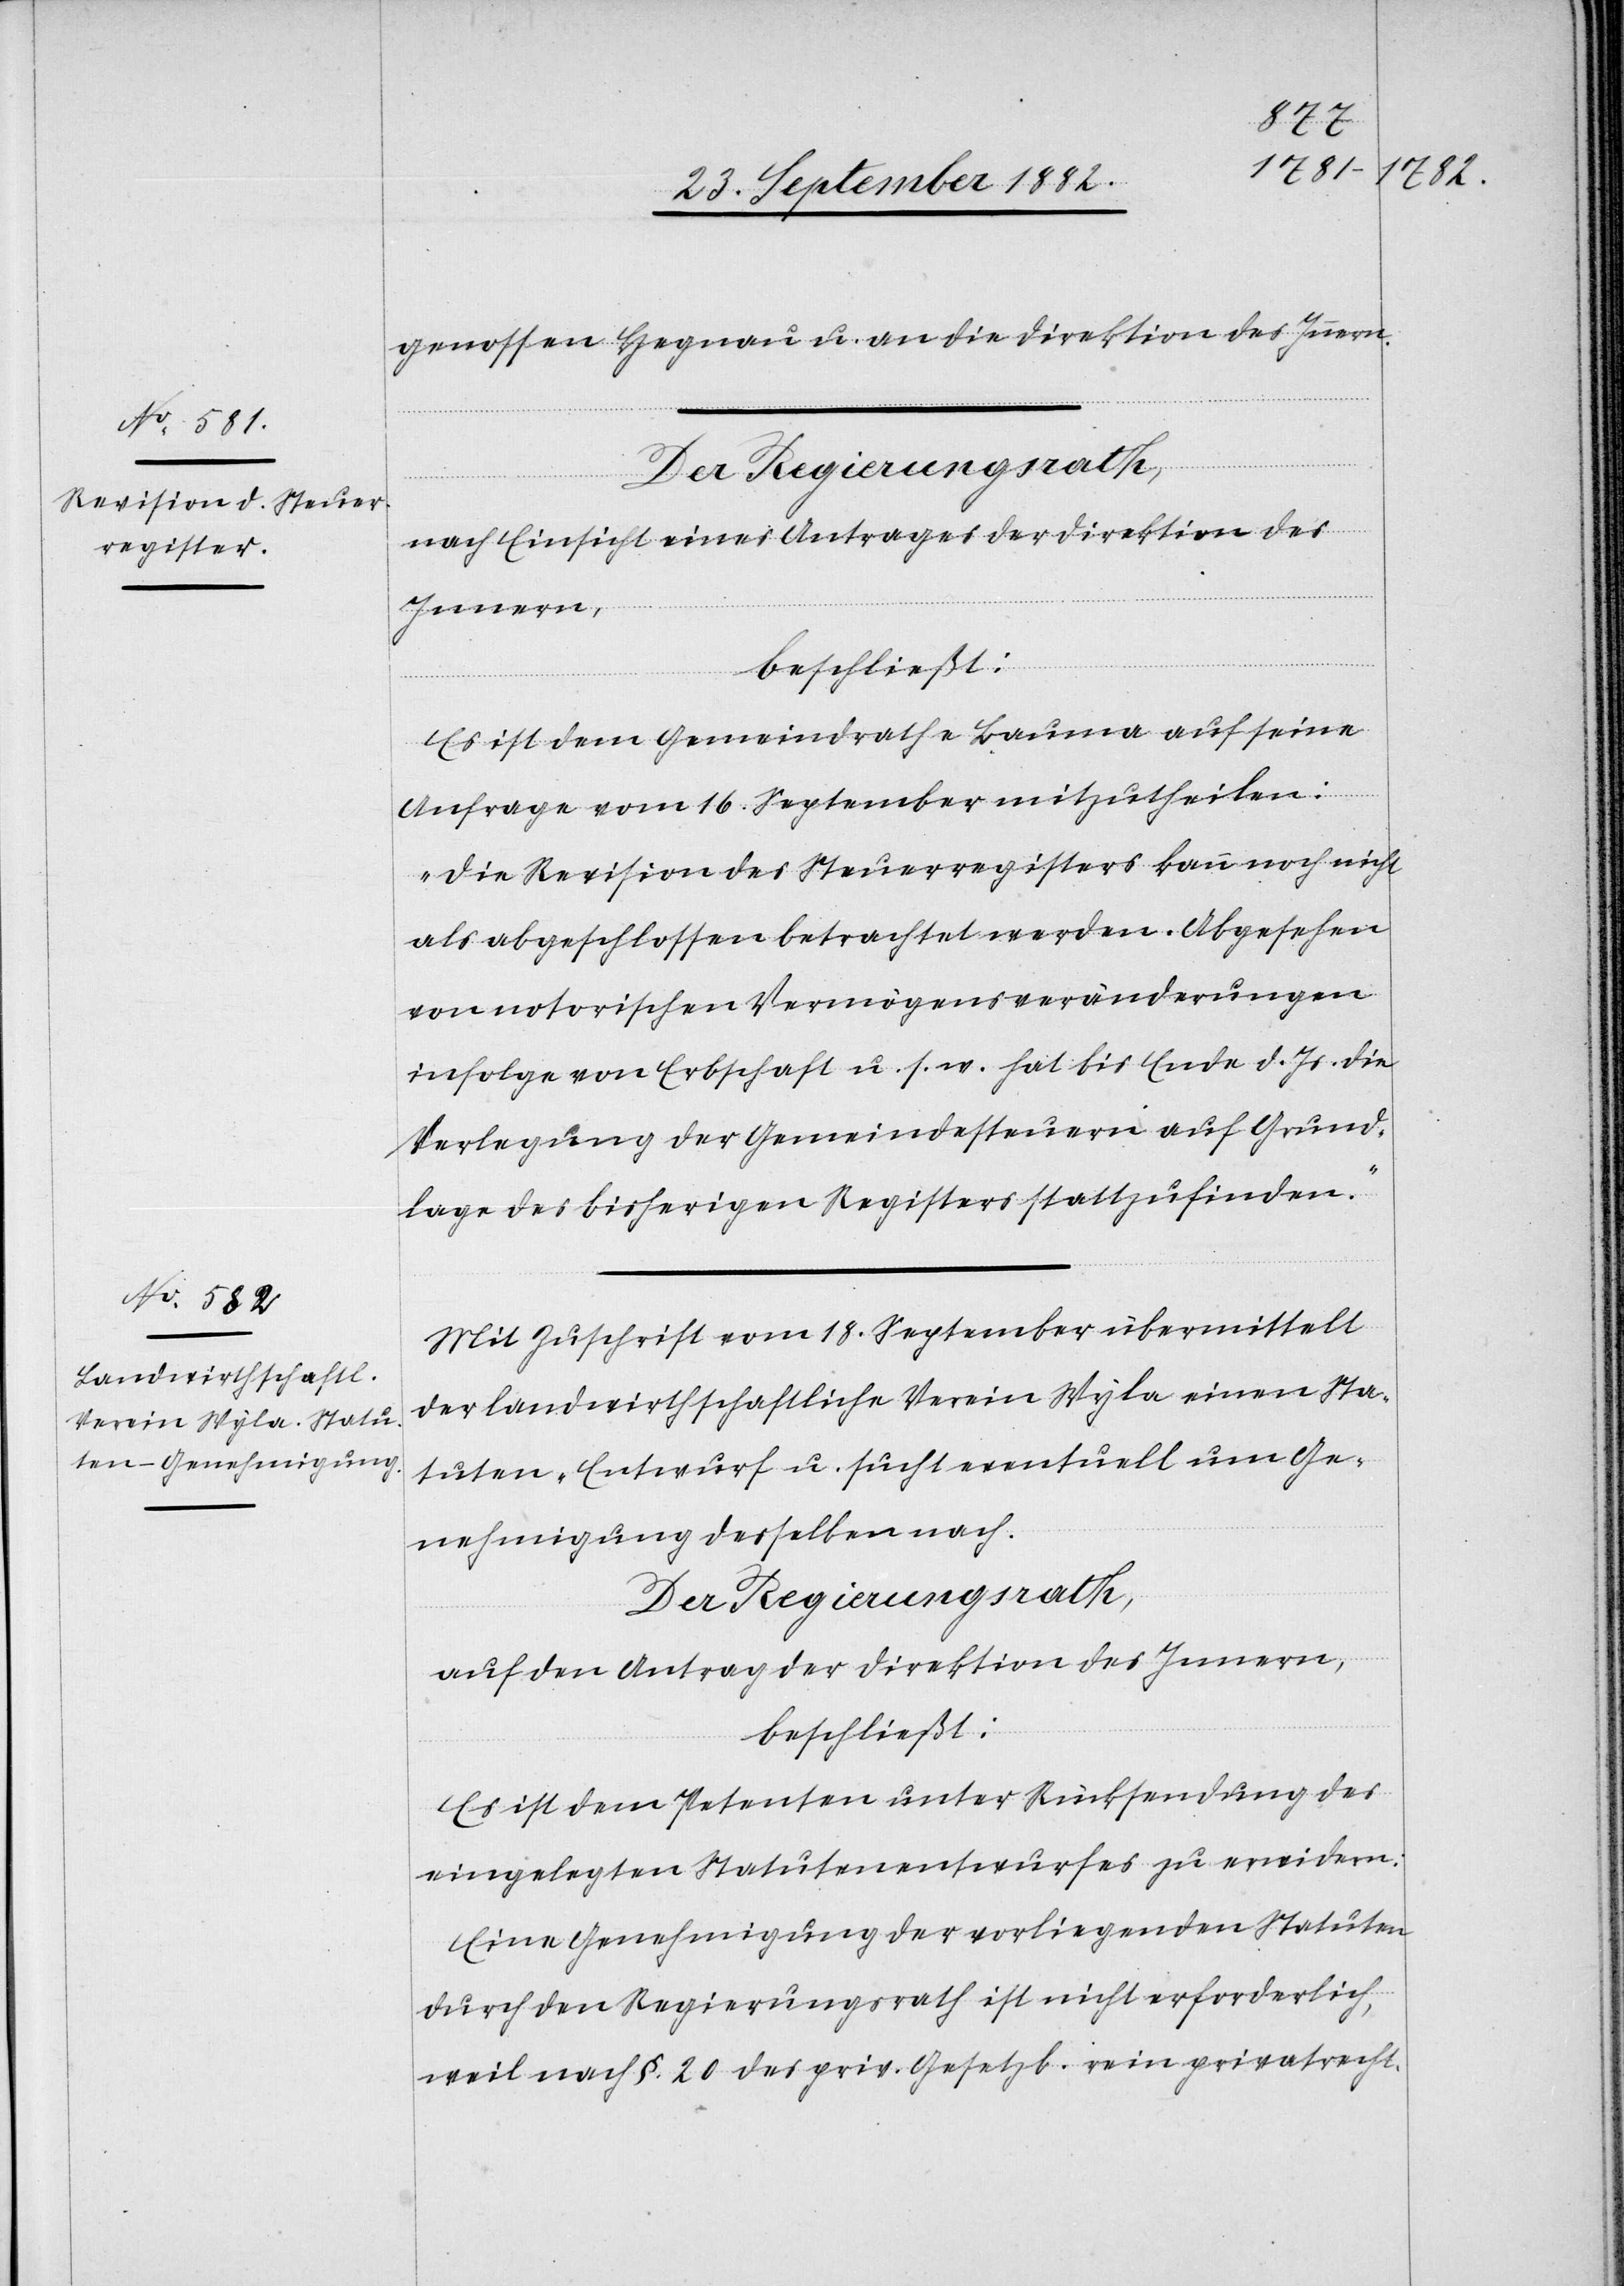
genossen Hegnau u. an die Direktion des Innern.
Der Regierungsrath,
nach Einsicht eines Antrages der Direktion des
Innern,
beschließt:
Es ist dem Gemeindrathe Bauma auf seine
Anfrage vom 16. September mitzutheilen:
„Die Revision des Steuerregisters kann noch nicht
als abgeschlossen betrachtet werden. Abgesehen
von notorischen Vermögensveränderungen
infolge von Erbschaft u. s. w. hat bis Ende d. Js. die
Verlegung der Gemeindesteuern auf Grund¬
lage des bisherigen Registers stattzufinden.
Mit Zuschrift vom 18. September übermittelt
der landwirthschaftliche Verein Wyla einen Sta¬
tuten-Entwurf u. sucht eventuell um Ge¬
nehmigung desselben nach.
Der Regierungsrath,
auf den Antrag der Direktion des Innern,
beschließt:
Es ist dem Petenten unter Rücksendung des
eingelegten Statutenentwurfes zu erwidern:
Eine Genehmigung der vorliegenden Statuten
durch den Regierungsrath ist nicht erforderlich,
weil nach §. 20 des priv. Gesetzb. rein privatrecht-